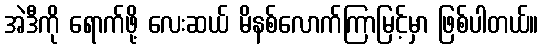
အဲဒီကို ရောက်ဖို့ လေးဆယ် မိနစ်လောက်ကြာမြင့်မှာ ဖြစ်ပါတယ်။